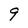
Character: 9